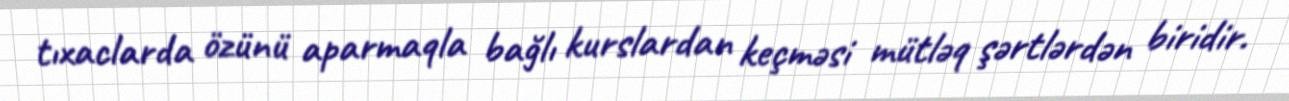
tıxaclarda özünü aparmaqla bağlı kurslardan keçməsi mütləq şərtlərdən biridir.